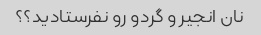
نان انجیر و گردو رو نفرستادید؟؟